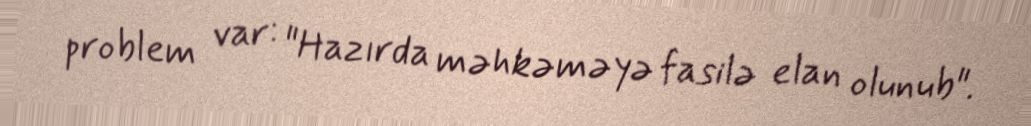
problem var: "Hazırda məhkəməyə fasilə elan olunub".